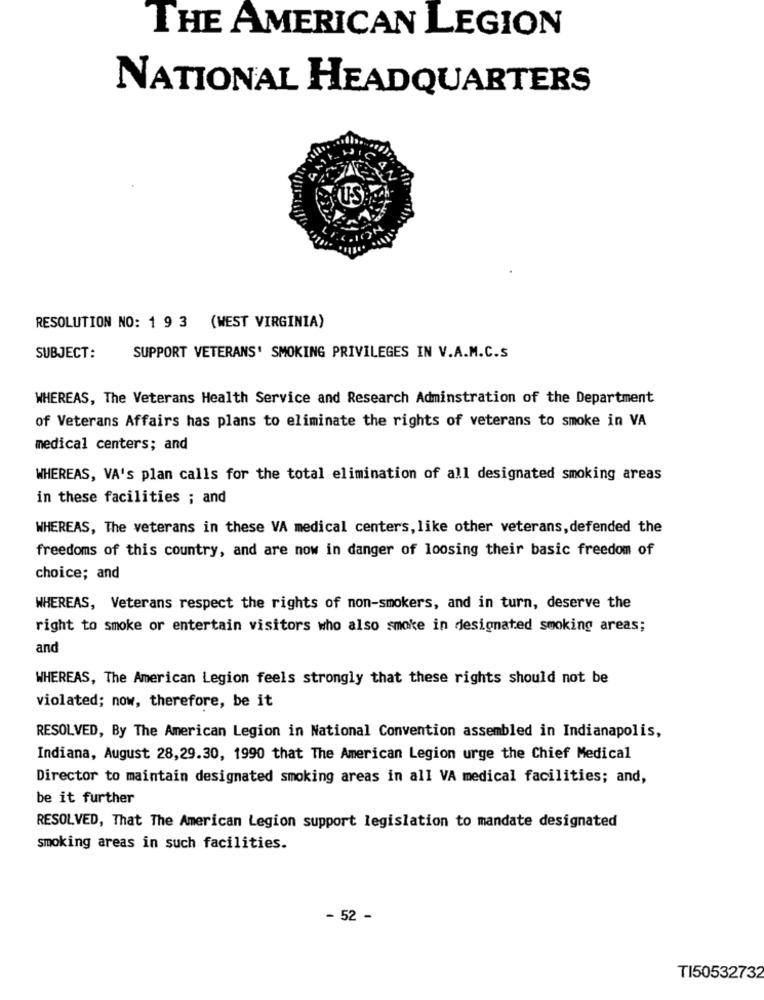
THE AMERICAN LEGION
NATIONAL HEADQUARTERS
RESOLUTION NO: 1 9 3 (WEST VIRGINIA)
SUBJECT:
SUPPORT VETERANS' SMOKING PRIVILEGES IN V.A.M.C.S
WHEREAS, The Veterans Health Service and Research Adminstration of the Department
of Veterans Affairs has plans to eliminate the rights of veterans to smoke in VA
medical centers; and
WHEREAS, VA's plan calls for the total elimination of all designated smoking areas
in these facilities ; and
WHEREAS, The veterans in these VA medical centers, like other veterans, defended the
freedoms of this country, and are now in danger of loosing their basic freedom of
choice; and
WHEREAS, Veterans respect the rights of non-smokers, and in turn, deserve the
right to smoke or entertain visitors who also smoke in designated smoking areas;
and
WHEREAS, The American Legion feels strongly that these rights should not be
violated; now, therefore, be it
RESOLVED, By The American Legion in National Convention assembled in Indianapolis,
Indiana, August 28,29.30, 1990 that The American Legion urge the Chief Medical
Director to maintain designated smoking areas in all VA medical facilities; and,
be it further
RESOLVED, That The American Legion support legislation to mandate designated
smoking areas in such facilities.
- 52 -
TI50532732